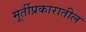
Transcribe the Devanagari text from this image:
मूर्तीप्रकारातील